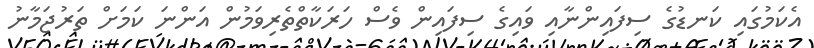
އެކަމުގައި ކަނޑުގެ ސިފައިންނާއި ވައިގެ ސިފައިން ވެސް ހަރަކާތްތެރިވަމުން އަންނަ ކަމަށް ތަރުޖަމާނު